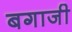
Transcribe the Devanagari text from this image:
बगाजी